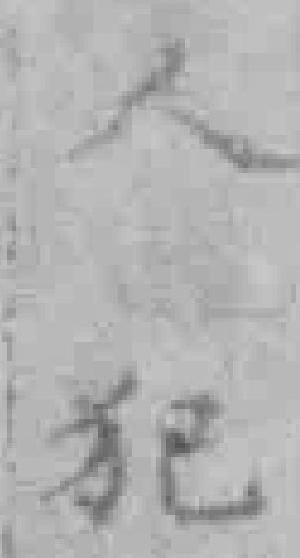
人犯